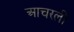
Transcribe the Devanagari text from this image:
आचरली